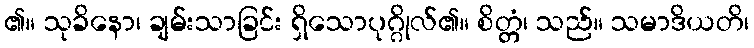
၏။ သုခိနော၊ ချမ်းသာခြင်း ရှိသောပုဂ္ဂိုလ်၏။ စိတ္တံ၊ သည်။ သမာဒိယတိ၊